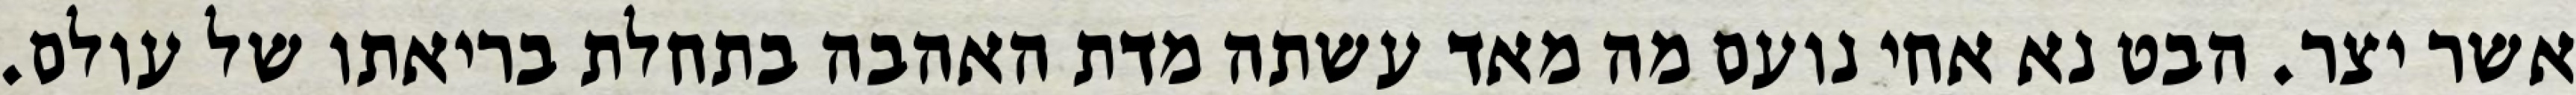
אשר יצר. הבט נא אחי נועם מה מאד עשתה מדת האהבה בתחלת בריאתו של עולם.